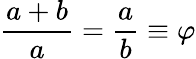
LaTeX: {\frac{a+b}{a}}={\frac{a}{b}}\equiv\varphi